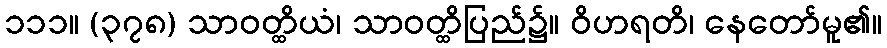
၁၁၁။ (၃၇၈) သာဝတ္ထိယံ၊ သာဝတ္ထိပြည်၌။ ဝိဟရတိ၊ နေတော်မူ၏။